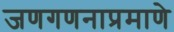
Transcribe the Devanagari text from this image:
जणगणनाप्रमाणे